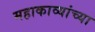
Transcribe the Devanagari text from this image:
महाकाव्यांच्या